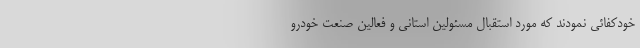
خودکفائی نمودند که مورد استقبال مسئولین استانی و فعالین صنعت خودرو